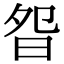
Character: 𣆌